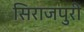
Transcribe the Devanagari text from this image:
सिराजपुरी